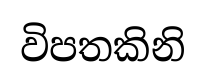
විපතකිනි